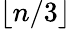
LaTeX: \lfloor n/3\rfloor